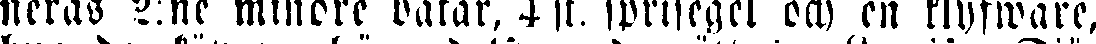
neras 2:ne mindre båtar. 4 st. sprisegel och en klyfware.